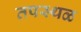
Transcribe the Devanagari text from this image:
तपस्थळ